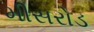
મીસરોડ